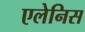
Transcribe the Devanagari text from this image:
एलेनिस